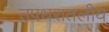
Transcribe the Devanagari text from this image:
उपधरातलीय